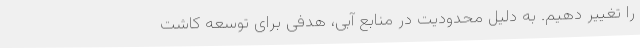
را تغییر دهیم. به دلیل محدودیت در منابع آبی، هدفی برای توسعه کاشت